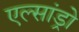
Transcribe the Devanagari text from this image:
एल्‍सांड्रो